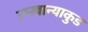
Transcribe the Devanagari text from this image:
उम्खान्याकुड